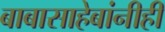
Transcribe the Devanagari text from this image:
बाबासाहेबांनीही